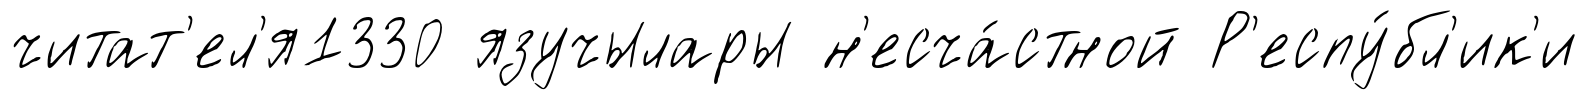
читат'ел'я1330 язучылары н'есча́стной Р'еспу́бл'ик'и